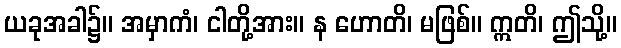
ယခုအခါ၌။ အမှာကံ၊ ငါတို့အား။ န ဟောတိ၊ မဖြစ်။ ဣတိ၊ ဤသို့။